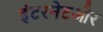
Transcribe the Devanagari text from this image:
इंटरनेटऔर